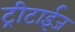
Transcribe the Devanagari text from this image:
ट्रीटाईज